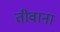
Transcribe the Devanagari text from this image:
तीवाना